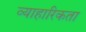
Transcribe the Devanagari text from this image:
व्याहारिकता